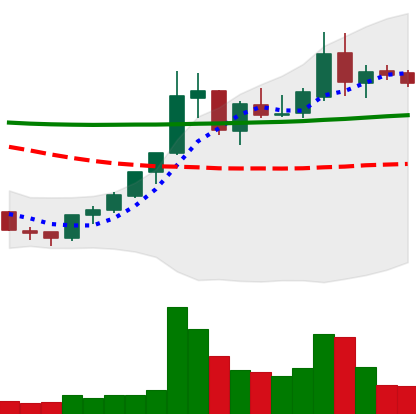
Ticker: XLM-USD
Chart end date: 2018-07-29
Forward return: -16.032%
Label: down_7plus